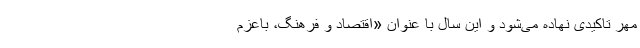
مهر تاکیدی نهاده می‌شود و این سال با عنوان «اقتصاد و فرهنگ، باعزم